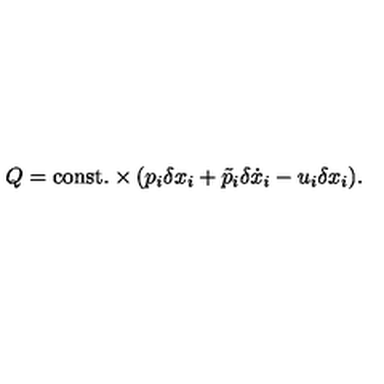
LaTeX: Q = \mathrm { c o n s t . } \times ( p _ { i } \delta x _ { i } + \tilde { p } _ { i } \delta \dot { x } _ { i } - u _ { i } \delta x _ { i } ) .